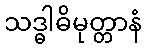
သဒ္ဓါဓိမုတ္တာနံ